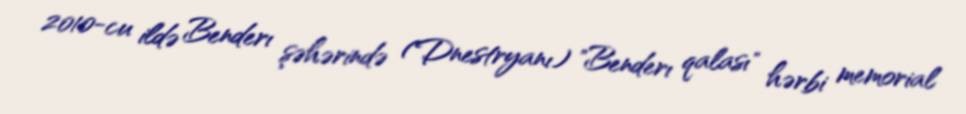
2010-cu ildə Benderı şəhərində (Dnestryanı) "Benderı qalası" hərbi memorial